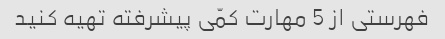
فهرستی از 5 مهارت کمّی پیشرفته تهیه کنید